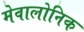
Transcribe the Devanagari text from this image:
मेवालोनिक